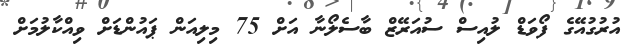
އުރުގުއޭގެ ފޯވަޑް ލުއިސް ސުއަރޭޒް ބާސެލޯނާ އަށް 75 މިލިއަން ޕައުންޑަށް ވިއްކާލުމަށް